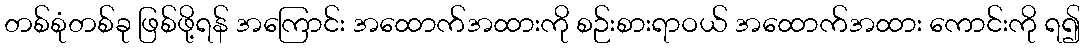
တစ်စုံတစ်ခု ဖြစ်ဖို့ရန် အကြောင်း အထောက်အထားကို စဉ်းစားရာဝယ် အထောက်အထား ကောင်းကို ရ၍